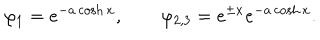
\varphi _ { 1 } = e ^ { - a \cosh x } , \qquad \varphi _ { 2 , 3 } = e ^ { \pm x } e ^ { - a \cosh x } .